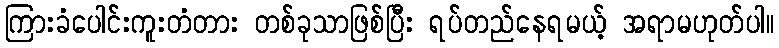
ကြားခံပေါင်းကူးတံတား တစ်ခုသာဖြစ်ပြီး ရပ်တည်နေရမယ့် အရာမဟုတ်ပါ။